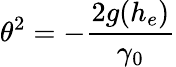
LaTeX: \theta^{2}=-\frac{2g(h_{e})}{\gamma_{0}}